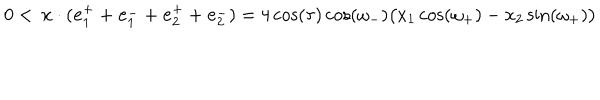
LaTeX: 0 < \, \mathbf { x } \cdot ( \mathbf { e } _ { 1 } ^ { + } + \mathbf { e } _ { 1 } ^ { - } + \mathbf { e } _ { 2 } ^ { + } + \mathbf { e } _ { 2 } ^ { - } ) = 4 \cos ( \tau ) \cos ( \omega _ { - } ) \big ( x _ { 1 } \cos ( \omega _ { + } ) - x _ { 2 } \sin ( \omega _ { + } ) \big )